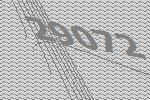
29072